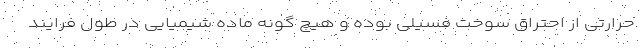
حرارتی از احتراق سوخت فسیلی بوده و هیچ گونه ماده شیمیایی در طول فرایند